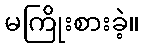
မကြိုးစားခဲ့။